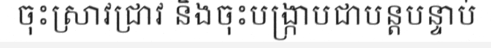
ចុះស្រាវជ្រាវ និងចុះបង្ក្រាបជាបន្តបន្ទាប់